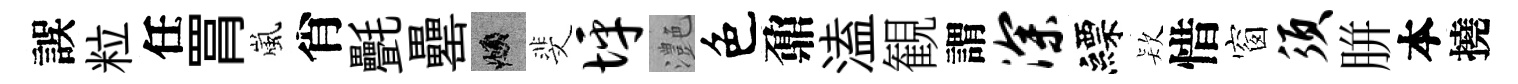
誤粒任罥嵐肖㲲罍頫斐坪灔色鼐溘観謂深縹𣣇惜窗须胼本撓